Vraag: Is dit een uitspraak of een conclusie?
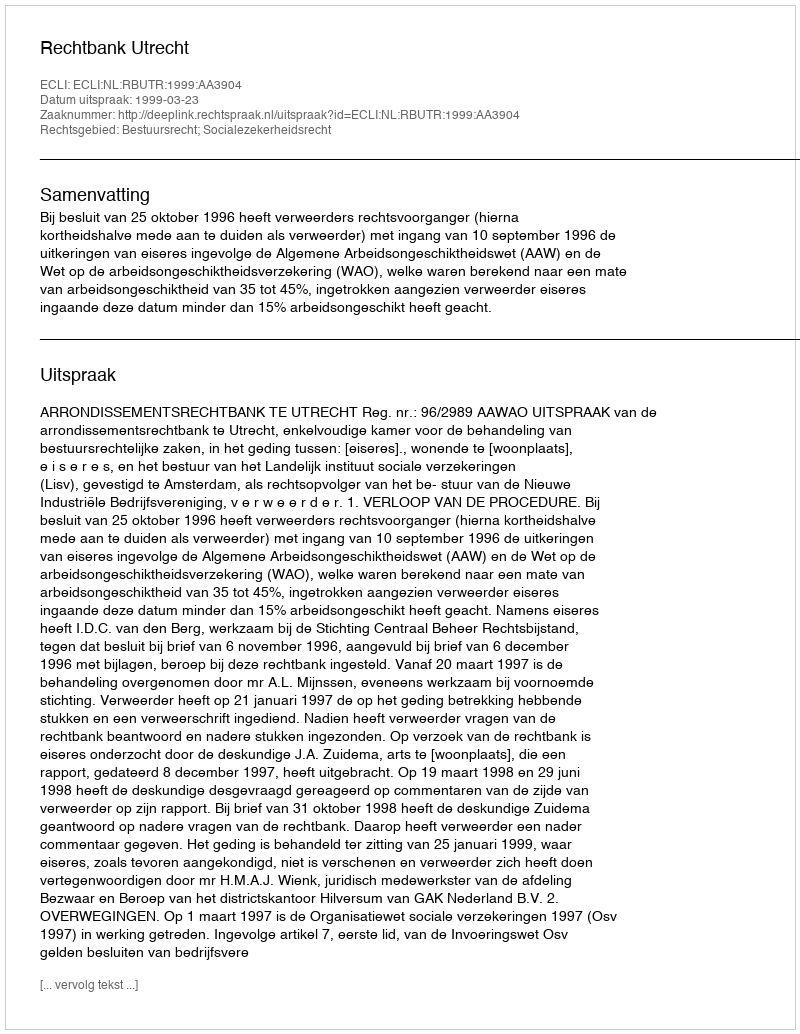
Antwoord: Uitspraak